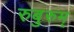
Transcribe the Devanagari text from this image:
रुबुरुम्